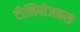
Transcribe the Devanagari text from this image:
टौलिपोअकस